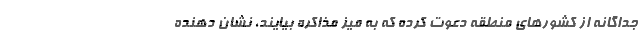
جداگانه از کشورهای منطقه دعوت کرده که به میز مذاکره بیایند، نشان دهنده